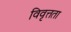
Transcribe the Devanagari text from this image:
विवृत्तता